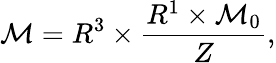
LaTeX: {\cal M}=R^{3}\times\frac{R^{1}\times{\cal M}_{0}}{Z},